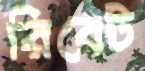
রিবেট